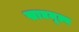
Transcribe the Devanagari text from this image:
खाद्यमूल्य